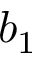
b _ { 1 }